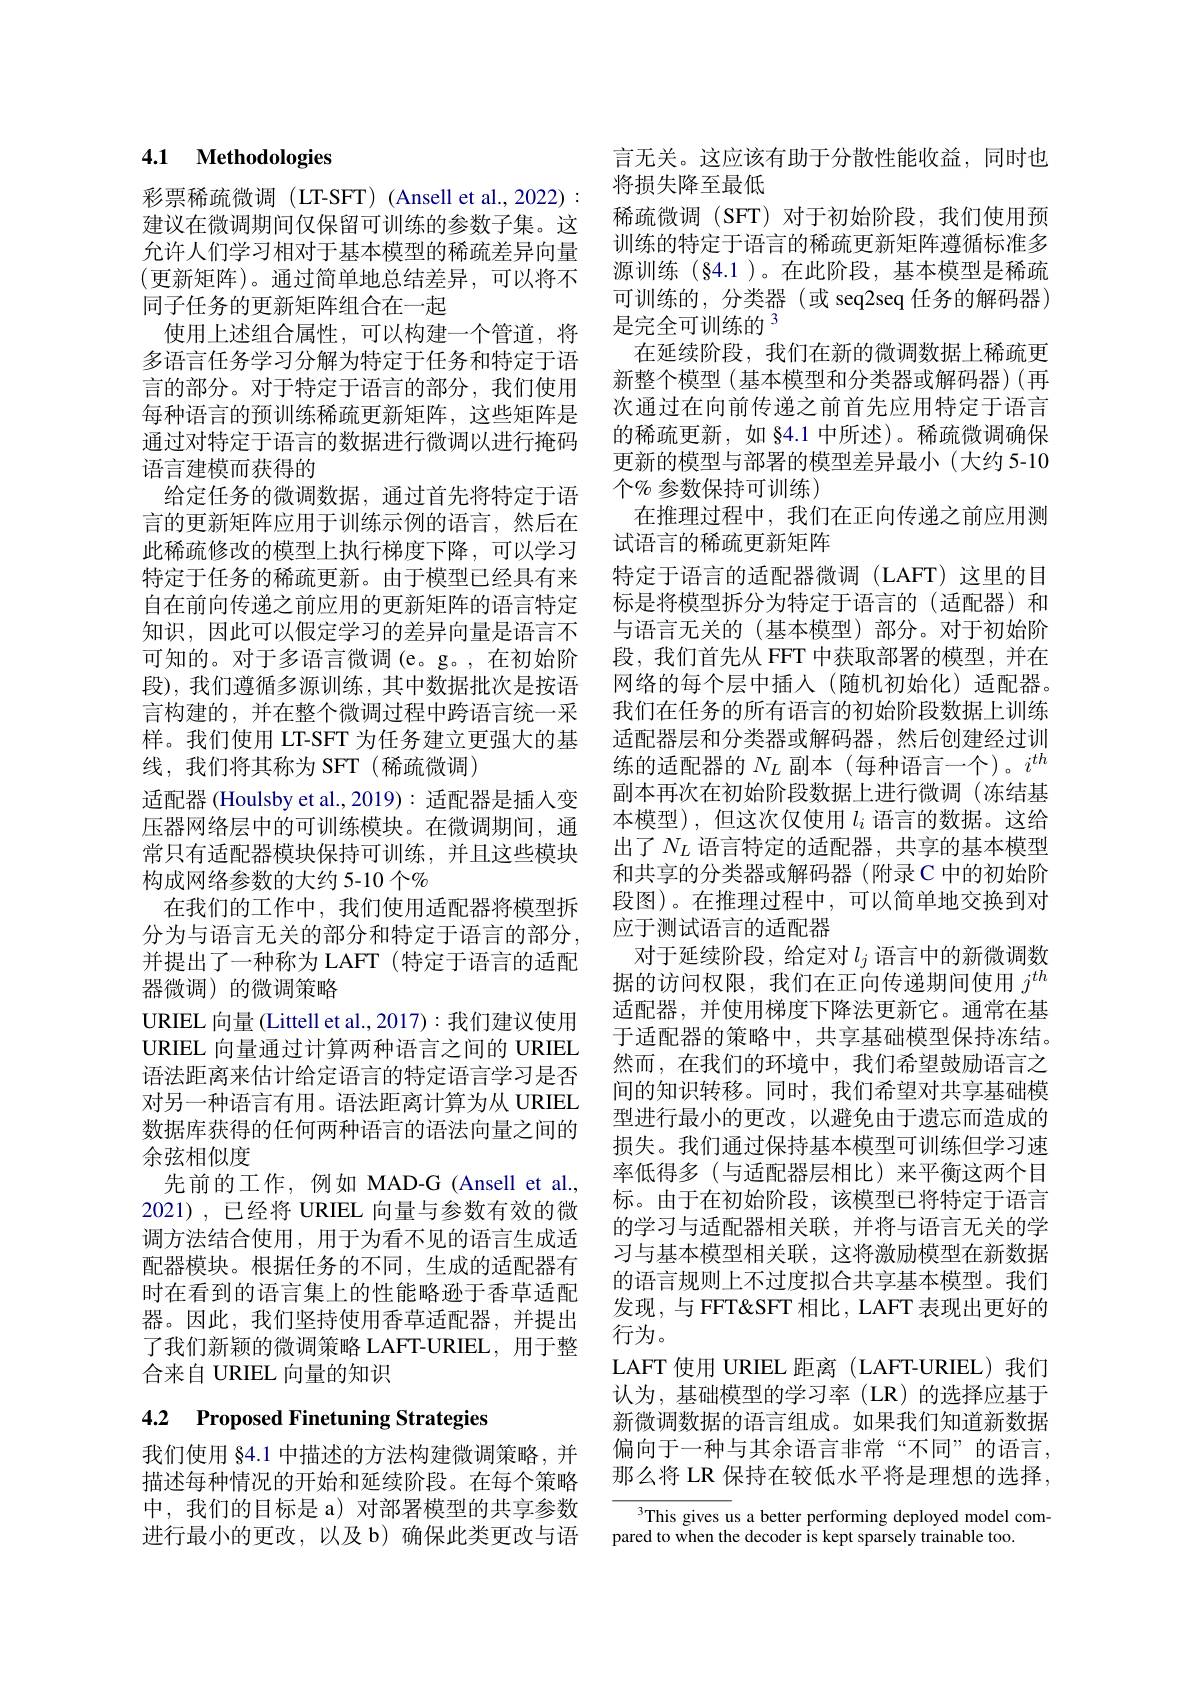
## 4.1 Methodologies

彩票稀疏微调(LT-SFT)(Ansell et al., 2022): 建议在微调期间仅保留可训练的参数子集。这允许人们学习相对于基本模型的稀疏差异向量(更新矩阵)。通过简单地总结差异，可以将不同子任务的更新矩阵组合在一起
使用上述组合属性，可以构建一个管道，将多语言任务学习分解为特定于任务和特定于语言的部分。对于特定于语言的部分，我们使用每种语言的预训练稀疏更新矩阵，这些矩阵是通过对特定于语言的数据进行微调以进行掩码语言建模而获得的
给定任务的微调数据，通过首先将特定于语言的更新矩阵应用于训练示例的语言，然后在此稀疏修改的模型上执行梯度下降，可以学习特定于任务的稀疏更新。由于模型已经具有来自在前向传递之前应用的更新矩阵的语言特定知识，因此可以假定学习的差异向量是语言不可知的。对于多语言微调 (e。g。,在初始阶段),我们遵循多源训练，其中数据批次是按语言构建的，并在整个微调过程中跨语言统一采样。我们使用 LT-SFT 为任务建立更强大的基线，我们将其称为 SFT(稀疏微调)
适配器 (Houlsby et al., 2019): 适配器是插人变压器网络层中的可训练模块。在微调期间，通常只有适配器模块保持可训练，并且这些模块构成网络参数的大约 5-10 个%
在我们的工作中，我们使用适配器将模型拆分为与语言无关的部分和特定于语言的部分， 并提出了一种称为 LAFT(特定于语言的适配器微调)的微调策略
URIEL 向量 (Littell et al., 2017): 我们建议使用URIEL 向量通过计算两种语言之间的 URIEL 语法距离来估计给定语言的特定语言学习是否对另一种语言有用。语法距离计算为从 URIEL 数据库获得的任何两种语言的语法向量之间的余弦相似度
先前的工作，例如 MAD-G(Ansell et al., 2021),已经将 URIEL 向量与参数有效的微调方法结合使用，用于为看不见的语言生成适配器模块。根据任务的不同，生成的适配器有时在看到的语言集上的性能略逊于香草适配器。因此，我们坚持使用香草适配器，并提出了我们新颖的微调策略 LAFT-URIEL, 用于整合来自 URIEL 向量的知识

# 4.2 Proposed Finetuning Strategies

我们使用 §4.1 中描述的方法构建微调策略，并描述每种情况的开始和延续阶段。在每个策略中，我们的目标是 a)对部署模型的共享参数进行最小的更改，以及 b)确保此类更改与语

言无关。这应该有助于分散性能收益，同时也
将损失降至最低
稀疏微调(SFT)对于初始阶段，我们使用预训练的特定于语言的稀疏更新矩阵遵循标准多源训练(§4.1)。在此阶段，基本模型是稀疏可训练的，分类器(或 seq2seq 任务的解码器) 是完全可训练的$^{3}$
在延续阶段，我们在新的微调数据上稀疏更新整个模型(基本模型和分类器或解码器)(再次通过在向前传递之前首先应用特定于语言的稀疏更新，如 84.1 中所述)。稀疏微调确保更新的模型与部署的模型差异最小(大约 5-10个$\%$参数保持可训练)
在推理过程中，我们在正向传递之前应用测
试语言的稀疏更新矩阵
特定于语言的适配器微调(LAFT)这里的目标是将模型拆分为特定于语言的(适配器)和与语言无关的(基本模型)部分。对于初始阶段，我们首先从 FFT 中获取部署的模型，并在网络的每个层中插入(随机初始化)适配器。我们在任务的所有语言的初始阶段数据上训练适配器层和分类器或解码器，然后创建经过训练的适配器的$N_L$副本(每种语言一个)。$i^th$ 副本再次在初始阶段数据上进行微调 (冻结基本模型),但这次仅使用$l_i$语言的数据。这给出了$N_L$ 语言特定的适配器，共享的基本模型和共享的分类器或解码器(附录C中的初始阶段图)。在推理过程中，可以简单地交换到对应于测试语言的适配器
对于延续阶段，给定对$l_j$ 语言中的新微调数据的访问权限，我们在正向传递期间使用$j^{th}$ 适配器，并使用梯度下降法更新它。通常在基于适配器的策略中，共享基础模型保持冻结。然而，在我们的环境中，我们希望鼓励语言之间的知识转移。同时，我们希望对共享基础模型进行最小的更改，以避免由于遗忘而造成的损失。我们通过保持基本模型可训练但学习速率低得多(与适配器层相比)来平衡这两个目标。由于在初始阶段，该模型已将特定于语言的学习与适配器相关联，并将与语言无关的学习与基本模型相关联，这将激励模型在新数据的语言规则上不过度拟合共享基本模型。我们发现，与 FFT&SFT 相比，LAFT 表现出更好的行为。
LAFT 使用 URIEL 距离 (LAFT-URIEL)我们认为，基础模型的学习率(LR)的选择应基于新微调数据的语言组成。如果我们知道新数据偏向于一种与其余语言非常“不同”的语言， 那么将 LR 保持在较低水平将是理想的选择，
$^{3}$This gives us a better performing deployed model com-

pared to when the decoder is kept sparsely trainable too